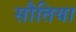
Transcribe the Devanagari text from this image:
सौतिया